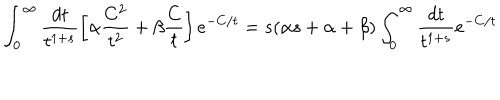
\int _ { 0 } ^ { \infty } \frac { d t } { t ^ { 1 + s } } \left[ \alpha \frac { C ^ { 2 } } { t ^ { 2 } } + \beta \frac { C } { t } \right] e ^ { - C / t } = s ( \alpha s + \alpha + \beta ) \int _ { 0 } ^ { \infty } \frac { d t } { t ^ { 1 + s } } e ^ { - C / t }